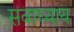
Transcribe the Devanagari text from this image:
सवाध्याय